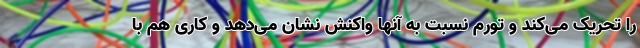
را تحریک می‌کند و تورم نسبت به آنها واکنش نشان می‌دهد و کاری هم با